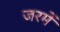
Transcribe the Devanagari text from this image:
जरमें